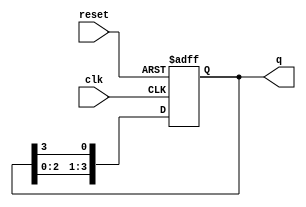
module ring_counter (
    input wire clk,        // Clock signal
    input wire reset,      // Asynchronous reset signal
    output reg [N-1:0] q   // Output state of the counter
);

parameter N = 4; // Define the number of flip-flops (length of the ring counter)

// Asynchronous reset logic
always @(posedge clk or posedge reset) begin
    if (reset) begin
        // Initialize the counter to the first state '0001'
        q <= 1'b1; // Only the first flip-flop is set
    end else begin
        // Shift the '1' in the ring
        q <= {q[N-2:0], q[N-1]}; // Shift left and feed last to first
    end
end

endmodule